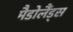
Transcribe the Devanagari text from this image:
मैडोलैंड्स